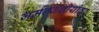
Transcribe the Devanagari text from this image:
जर्मनवंशीयांवर